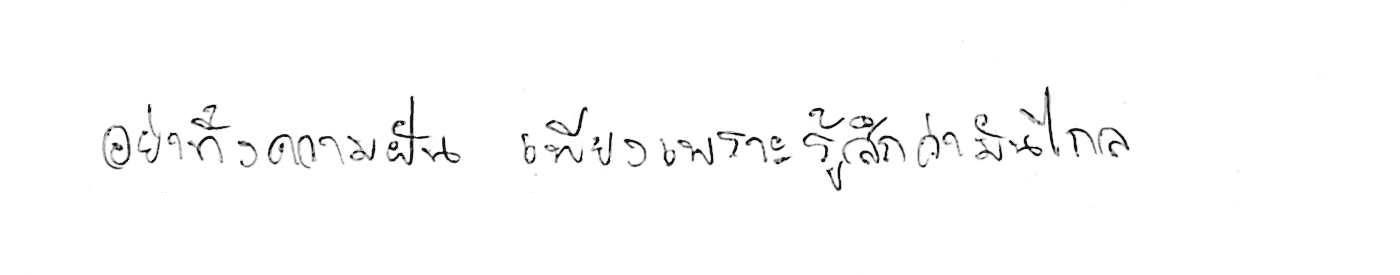
อย่าทิ้งความฝัน เพียงเพราะรู้สึกว่ามันไกล